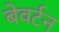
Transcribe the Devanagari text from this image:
बेवर्टन